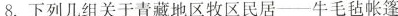
8. 下列几组关于青藏地区牧区民居——牛毛毡帐篷